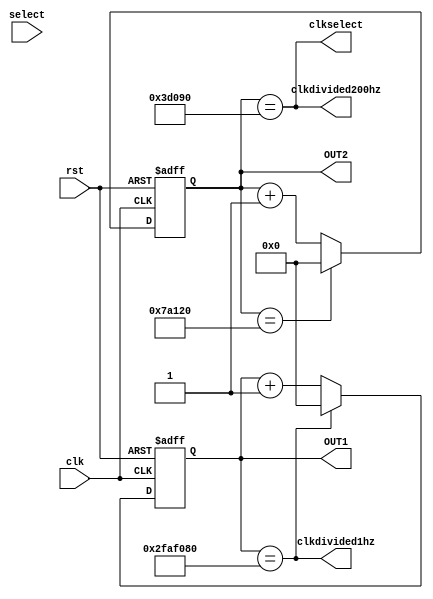
module clockdivider(
	 input clk,
    input rst,
	 input select,
    output reg [31:0] OUT1,
	 output reg [31:0] OUT2,
    output clkdivided1hz,
	 output clkdivided200hz,
	 output clkselect
    );
	 always @ (posedge clk or posedge rst)
		begin
		if (rst)
			OUT1<=32'd0;
		else
		if (OUT1 == 32'd50000000)
			OUT1<=32'd0;
		else
			OUT1 <= OUT1 + 1;
		end
	 always @ (posedge clk or posedge rst)
		begin
		if (rst)
			OUT2<=32'd0;
		else
		if (OUT2 == 32'd500000)
			OUT2<=32'd0;
		else
			OUT2 <= OUT2 + 1;
		end
assign clkdivided1hz = (OUT1 == 32'd50000000);
assign clkdivided200hz = (OUT2 == 32'd250000);
assign clkselect  = clkdivided200hz;
endmodule